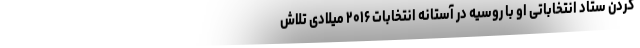
کردن ستاد انتخاباتی او با روسیه در آستانه انتخابات ۲۰۱۶ میلادی تلاش